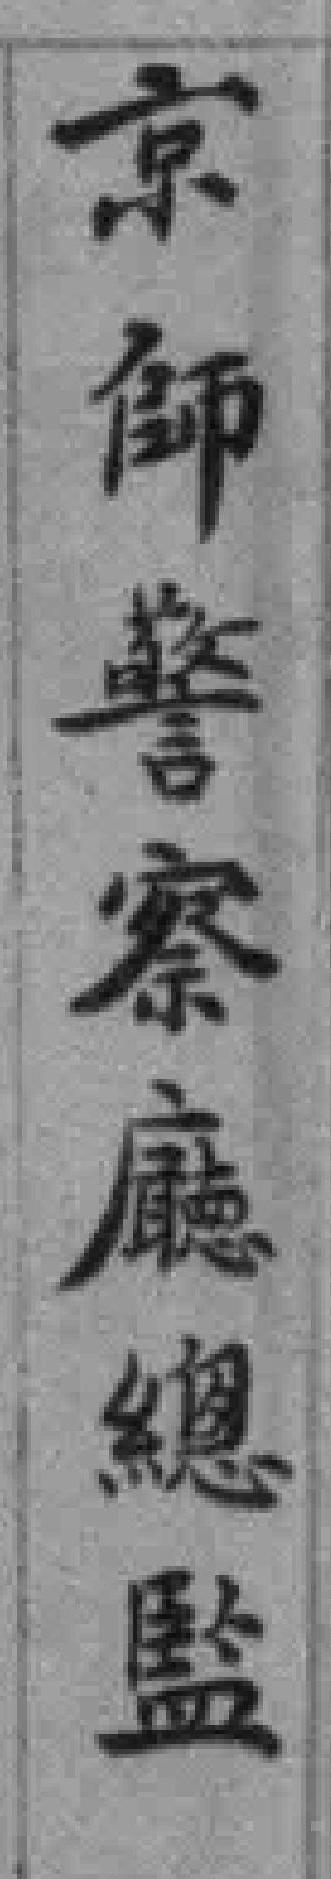
京師警察廳總監